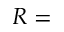
R =